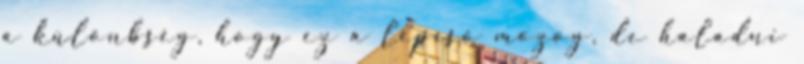
a különbség, hogy ez a lépcső mozog, de haladni